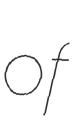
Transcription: of